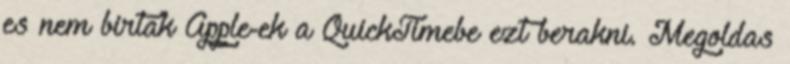
es nem birtak Apple-ek a QuickTimebe ezt berakni. Megoldas